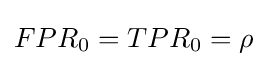
FPR_{0}=TPR_{0}=\rho